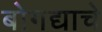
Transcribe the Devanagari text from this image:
बोगद्याचे